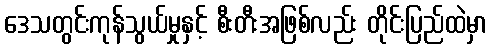
ဒေသတွင်းကုန်သွယ်မှုနှင့် စီးတီးအဖြစ်လည်း တိုင်းပြည်ထဲမှာ